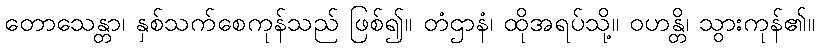
တောသေန္တာ၊ နှစ်သက်စေကုန်သည် ဖြစ်၍။ တံဌာနံ၊ ထိုအရပ်သို့။ ဝဟန္တိ၊ သွားကုန်၏။